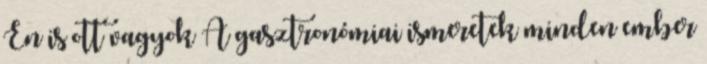
Én is ott vagyok A gasztronómiai ismeretek minden ember